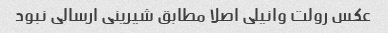
عکس رولت وانیلی اصلا مطابق شیرینی ارسالی نبود